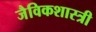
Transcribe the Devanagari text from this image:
जैविकशास्त्री